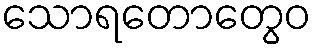
သောရတောတွေဝ